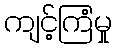
ကျင့်ကြံမှု